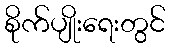
စိုက်ပျိုးရေးတွင်